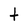
Character: t